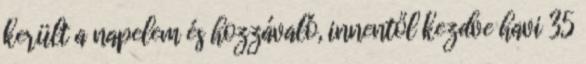
került a napelem és hozzávaló, innentől kezdve havi 35